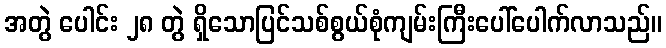
အတွဲ ပေါင်း ၂၈ တွဲ ရှိသောပြင်သစ်စွယ်စုံကျမ်းကြီးပေါ်ပေါက်လာသည်။